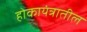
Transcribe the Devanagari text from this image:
होकायंत्रातील